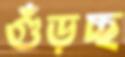
গুঁড়চ্ছ